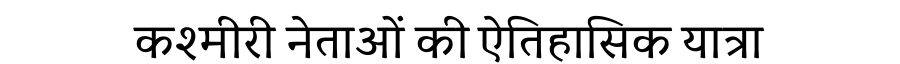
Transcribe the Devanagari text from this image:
कश्मीरी नेताओं की ऐतिहासिक यात्रा